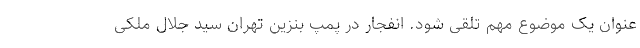
عنوان یک موضوع مهم تلقی شود. انفجار در پمپ بنزین تهران سید جلال ملکی